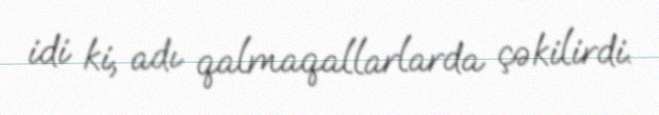
idi ki, adı qalmaqallarlarda çəkilirdi.